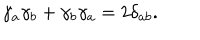
LaTeX: \gamma _ { a } \gamma _ { b } + \gamma _ { b } \gamma _ { a } = 2 \delta _ { a b } .